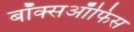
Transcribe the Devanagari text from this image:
बॉक्सऑफिस